NAE_kihelkonnakohtute_kirjad_ja_protokollid_1869-1889, lk 15
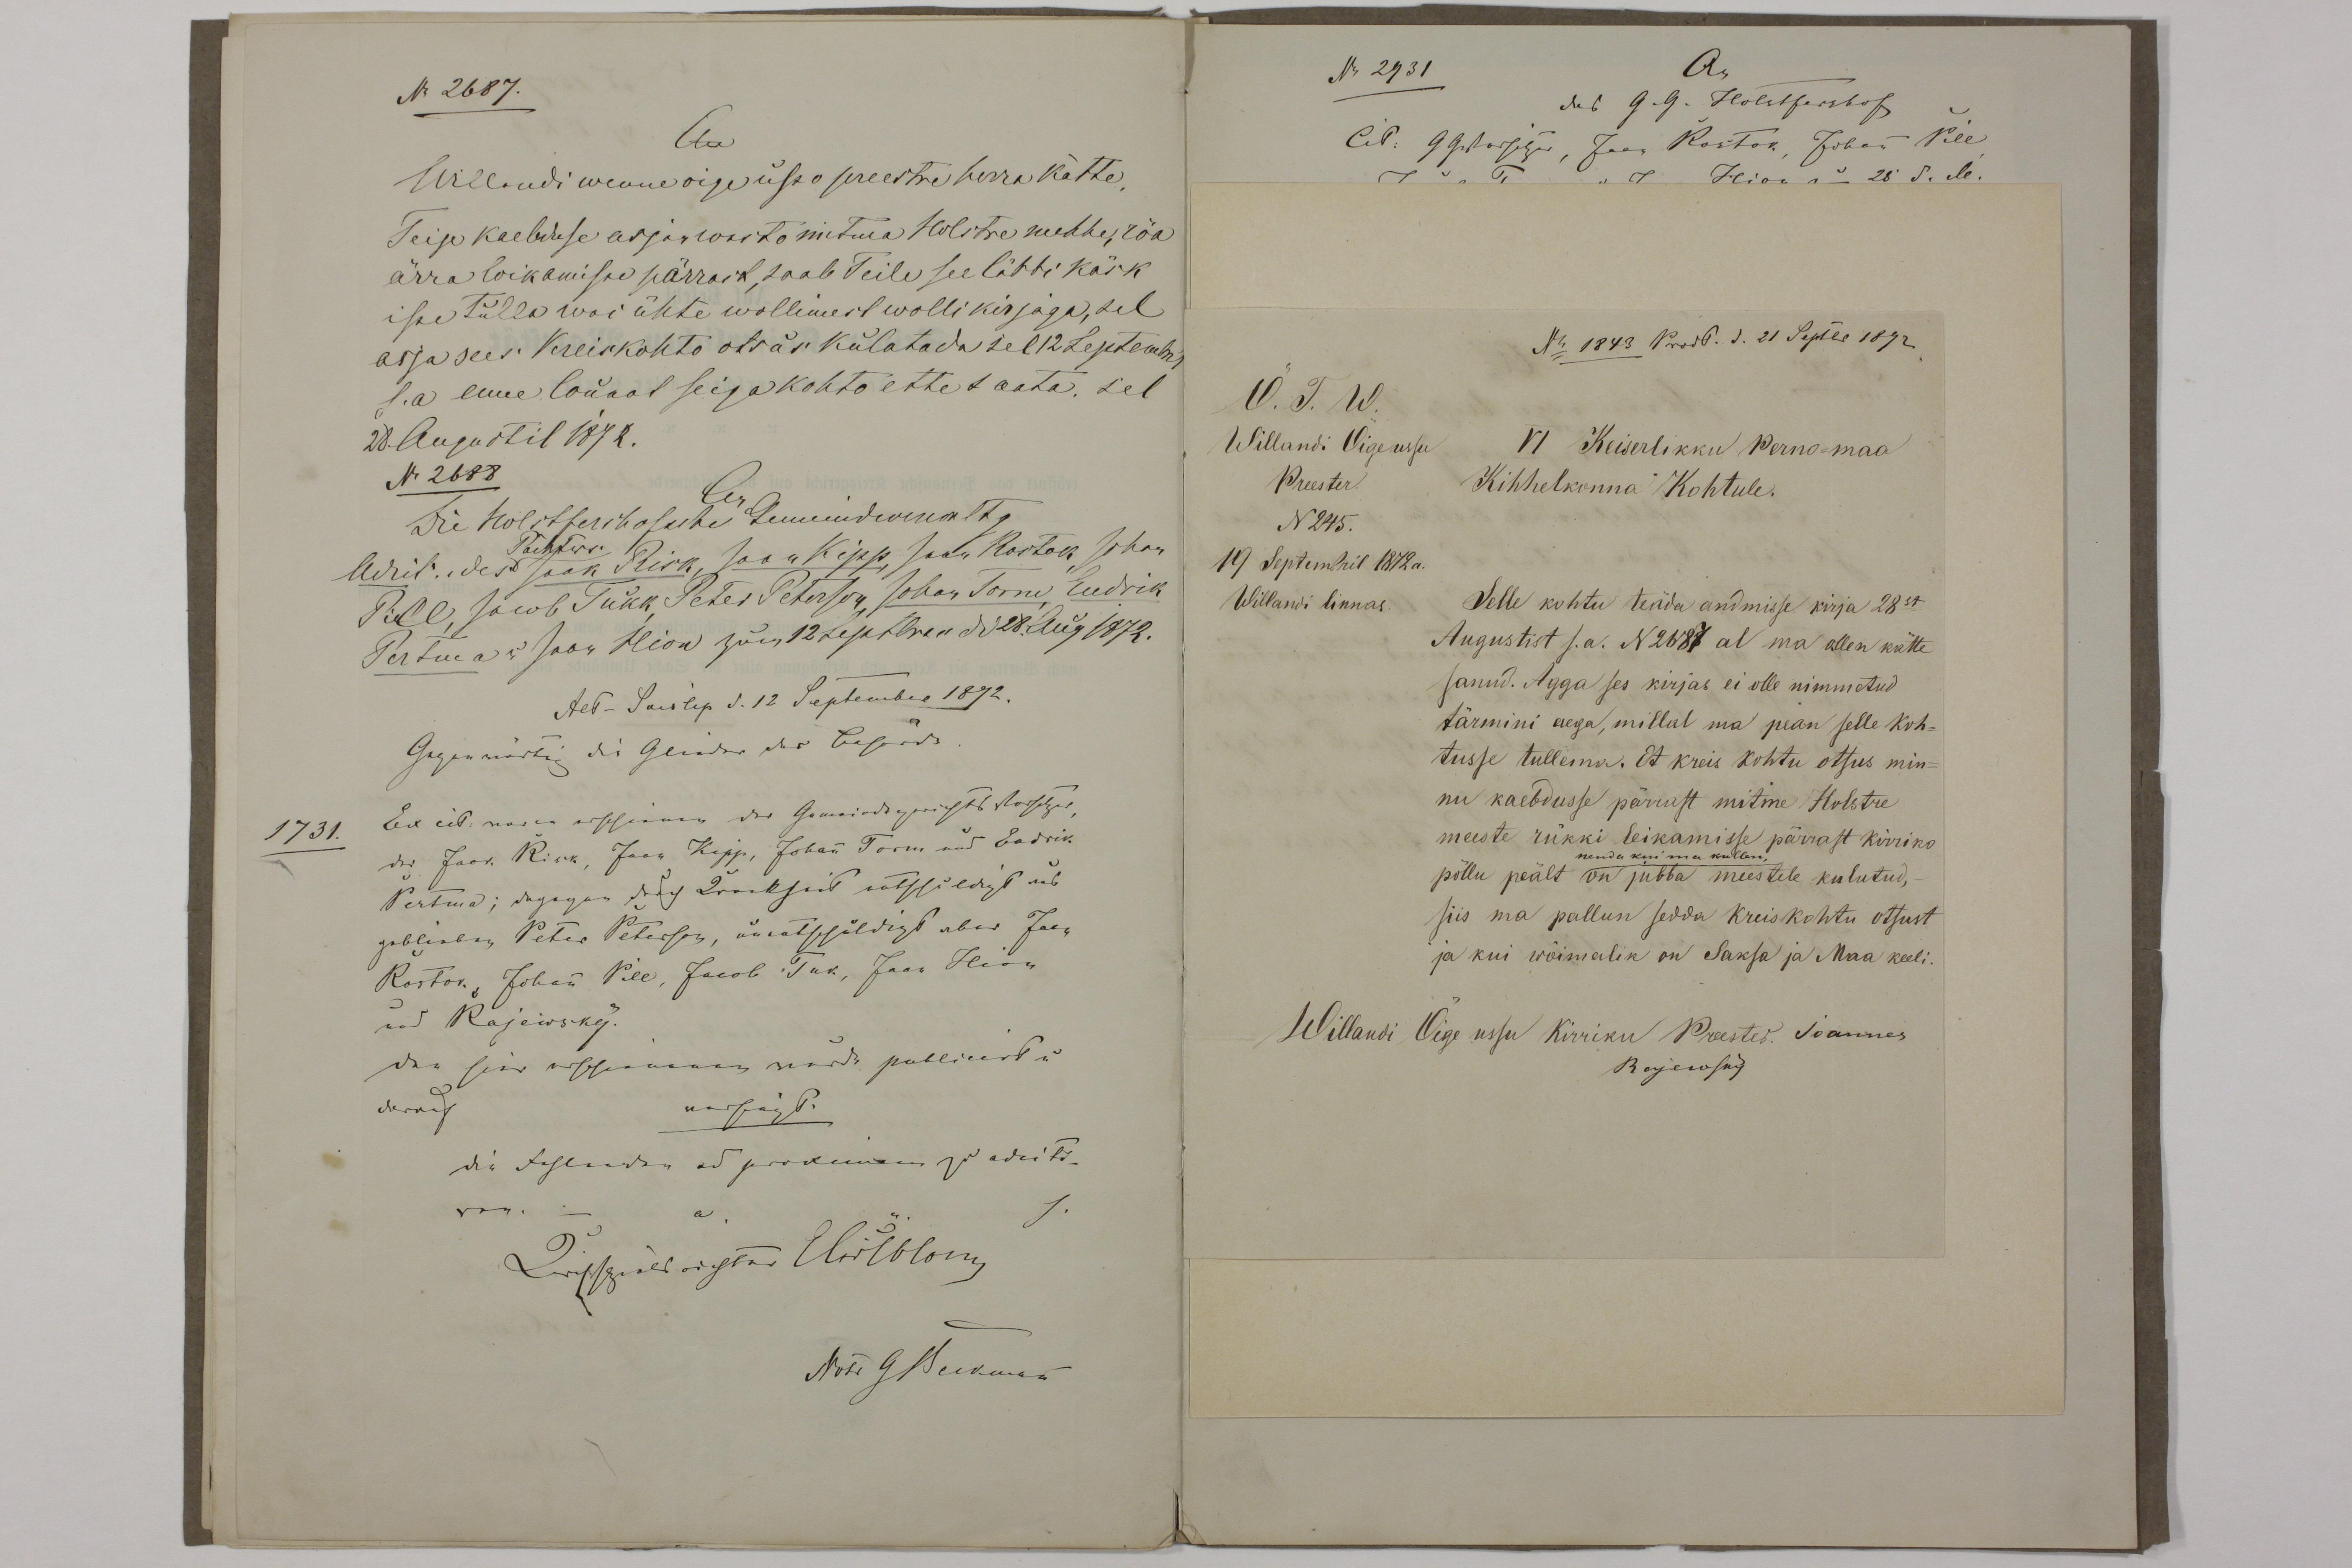
N. 2687.
An
Willandi wenne õigeusso preestri herra kätte,
Teije kaebduse asja wasto mitma Holstre mehhe, rõa
ärra loikamisse pärrast saab Teile see läbbi käsk
isse tulla wõi ühte wollimest wolli kirjaga, sel
asja sees: Kreis kohto otsus kulatada sel 12 Septembril
s.a enne lõunat seija kohto ettet saata. sel
28 Augustil 1872.
N. 2688

Õ. T. W.
Willandi Õigeussu
VI Keiserlikku Perno-maa
Preester.
Kihhelkonna Kohtule.
N245.
10 Septembril 1872 a.
Willandi linnas.
Selle kohtu teäda andmisse kirja 28st
Augustist s.a. N2687 al ma ollen kätte
sanud. Agga ses kirjas ei olle nimmetud
tärmini aega, millal ma pean selle koh-
tusse tullema. Et kreis kohtu otsus min-
nu kaebdusse pärrast mitme Holstre
meeste rükki leikamisse pärrast kirriko
põllu peält on jubba meestele kulutud,
siis ma pallun sedda kreiskohtu otsust
ja kui wõimalik on Saksa ja Maa keeli.
Willandi Õige ussu Kirriku Preester. Joannes
Rajewsky